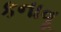
કનાવૂ